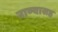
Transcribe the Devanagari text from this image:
नाण्यासह